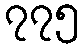
၇၇၅